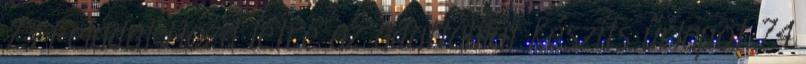
73 Feladat Hozd létre az adattáblát Készíts űrlapot 74